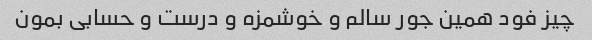
چیز فود همین جور سالم و خوشمزه و درست و حسابی بمون